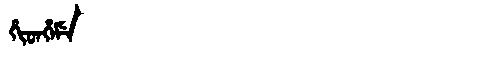
Manchu: ᡥᡳᡨᡥᡝᠮᡝ
Romanization: HITHEME